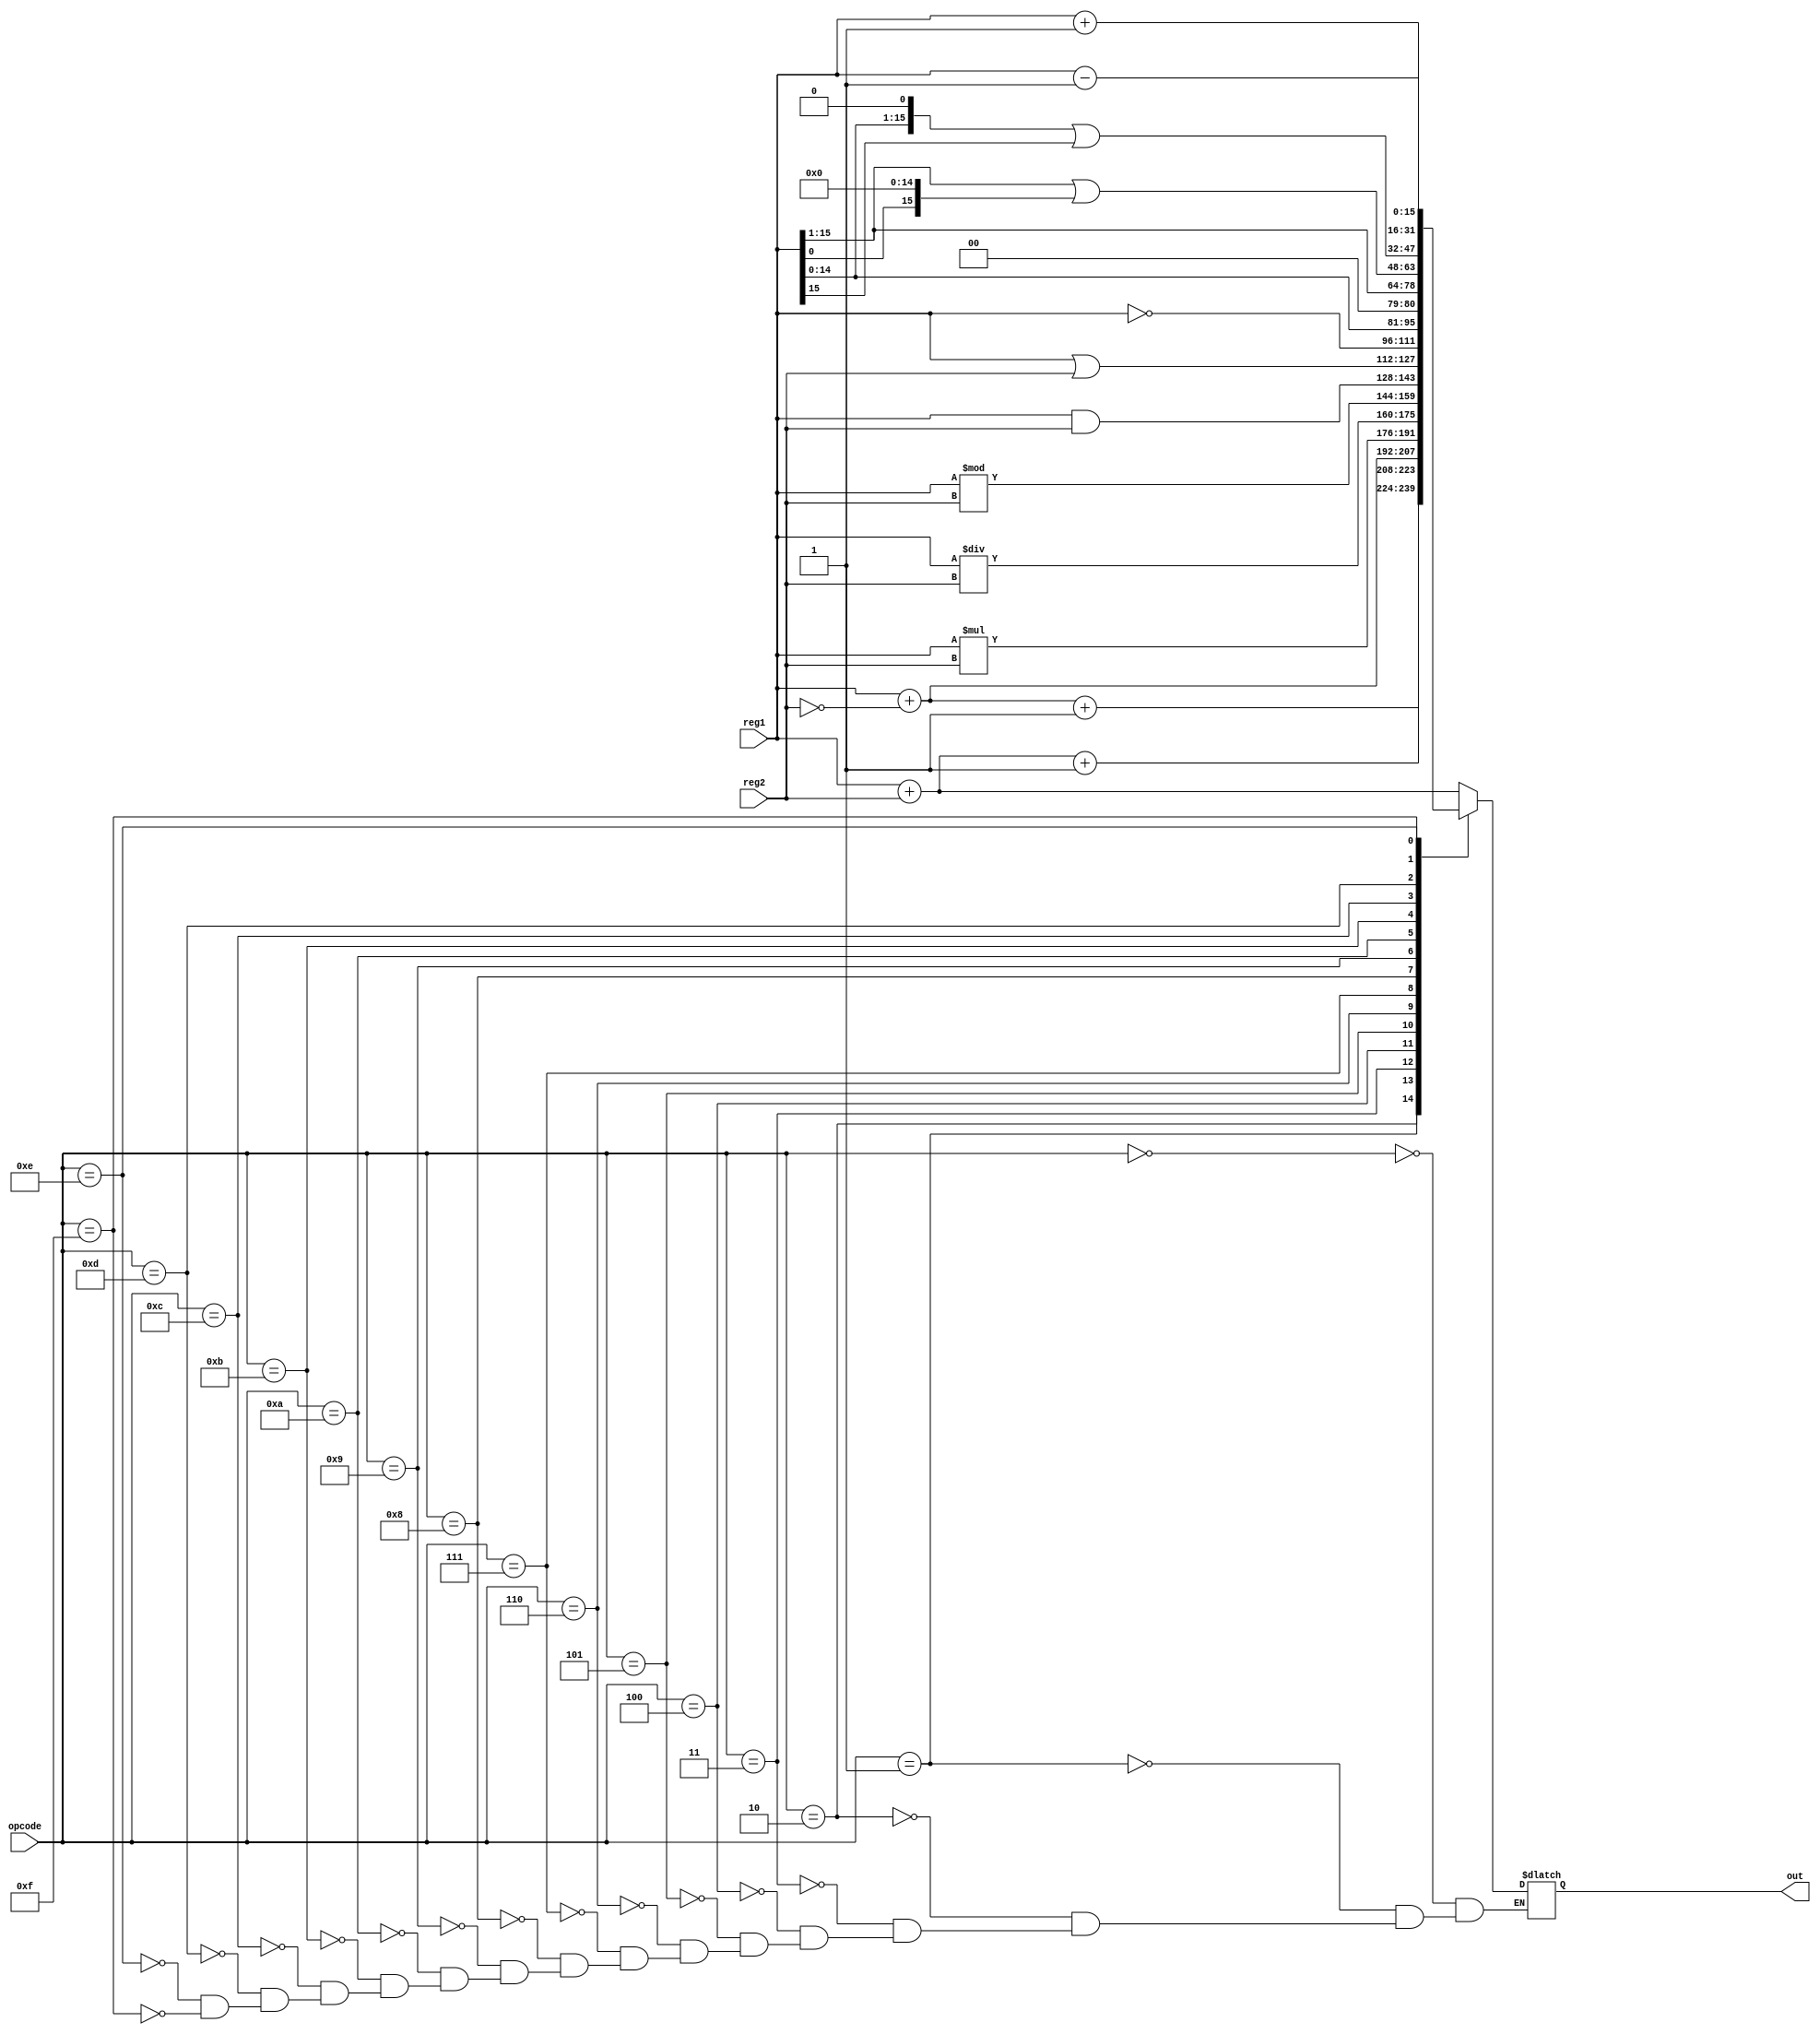
module alu(opcode,reg1,reg2,out);

input [4:0] opcode ;
input [15:0] reg1,reg2;
output [15:0] out ;
reg [15:0] out ;

always @(*) 
begin
		case (opcode )
                        5'b00000:begin			//addition	                  
				out = reg1+reg2 ;
                        end	
                        5'b00001:begin			//subraction
				out = reg1+(~reg2)+1;
                        end
                        5'b00010:begin			//addition with carry
				out = reg1+reg2+1;
                        end
                        5'b00011:begin			//subtraction with borrow
				out = reg1+(~reg2);
                        end
                        5'b00100:begin			//multiplication
				out = reg1*reg2;                                
                        end
                        5'b00101:begin			//division
				out = reg1/reg2;
                        end
                        5'b00110:begin			//remainder
				out=reg1%reg2;
                        end
                        5'b00111:begin			//bitwise and
				out=reg1&reg2;
                        end
                        5'b01000:begin			//bitwise or
				out=reg1|reg2;
                        end
                        5'b01001:begin			//negation
				out=~reg1; 
                        end
                        5'b01010: begin			//shift one bit left
				out = reg1<<1;
                        end
                        5'b01011: begin			//shift one bit right
				out = reg1>>1;
			end
			5'b01100: begin			//rotate right
				out = (reg1 >> 1)|(reg1 << 15);
			end
			5'b01101:begin			//rotate left
				out = (reg1 << 1)|(reg1 >> 15);
			end
                       	5'b01110:begin			//increment
				out = reg1+1;                        
                        end
                        5'b01111:begin			//decrement
				out = reg1-1;
                        end
		endcase
end 
endmodule